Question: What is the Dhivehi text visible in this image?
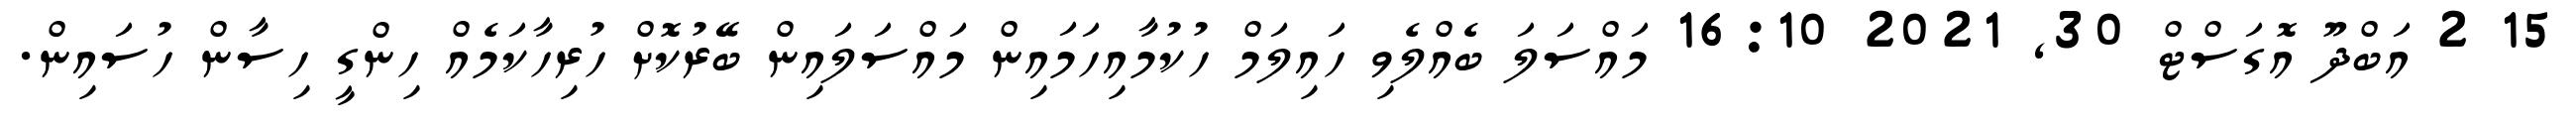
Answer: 15 2 އަބްދޫ އޮގަސްޓް 30, 2021 16:10 މައްސަލަ ބެއްލެވި ހައިލަމް ހުކުމާއިހަމައިން މައްސަލައިން ބޭރުކޮށް ހުރިހާކަމެއް ހިންގީ ހިސާން ހުސައިން.